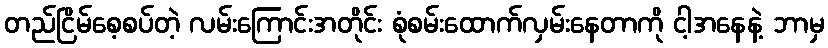
တည်ငြိမ်စေ့စပ်တဲ့ လမ်းကြောင်းအတိုင်း စုံစမ်းထောက်လှမ်းနေတာကို ငါ့အနေနဲ့ ဘာမှ